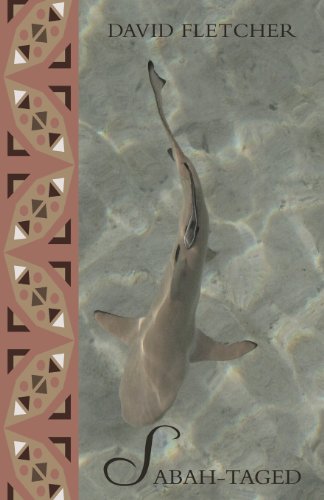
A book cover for Sabah-Taged (Brian's World); David Fletcher; Travel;